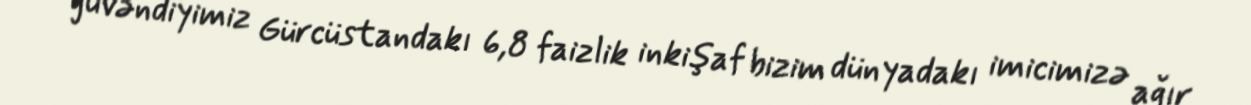
güvəndiyimiz Gürcüstandakı 6,8 faizlik inkişaf bizim dünyadakı imicimizə ağır